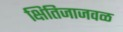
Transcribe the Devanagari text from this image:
क्षितिजाजवळ